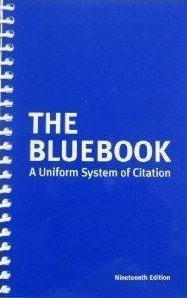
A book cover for Bluebook: A Uniform System of Citation; Bluebook; Law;